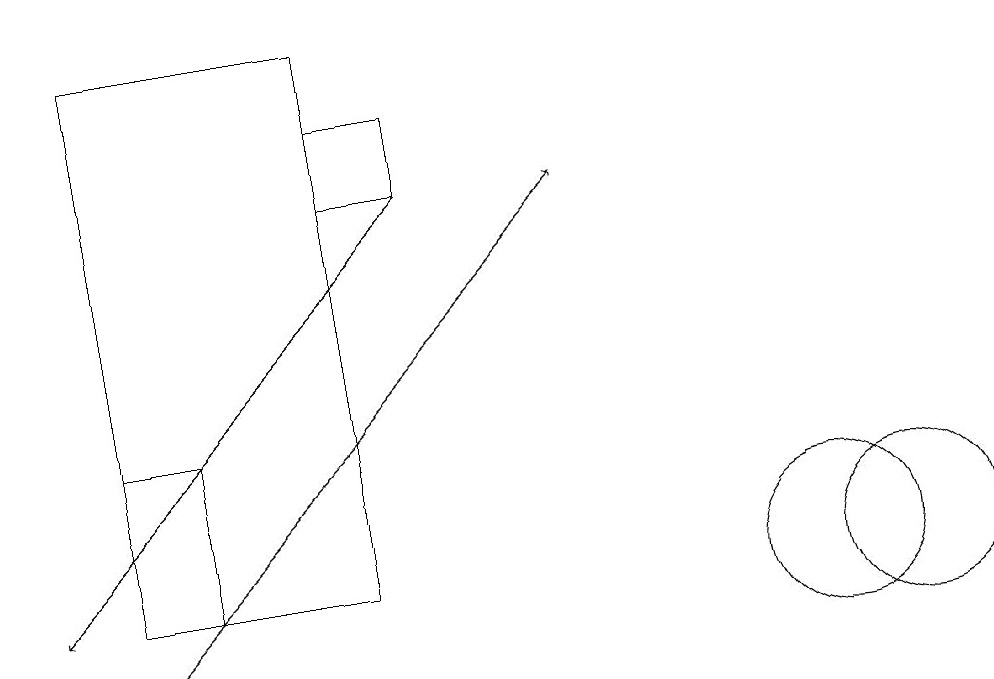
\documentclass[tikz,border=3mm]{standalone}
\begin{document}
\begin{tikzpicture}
\draw[->] (2,10) -- (8,16);
\draw (11,11) circle (1);
\draw (5,18) rectangle (2,11);
\draw[->] (6,16) -- (1,11);
\draw (5,16) rectangle (6,17);
\draw (12,11) circle (1);
\draw (3,11) rectangle (2,13);
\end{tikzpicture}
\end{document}